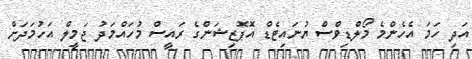
އަދި ހަމަ އެހެންމެ މޯލްޑިވްސް ޔުނައިޓެޑް އޮޕޮޒިޝަންގެ ރައީސް މުހައްމަދު ޖަމީލް އަހުމަދަށް